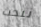
نبحث